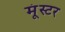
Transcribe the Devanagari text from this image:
मूंस्टर